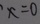
x = 0